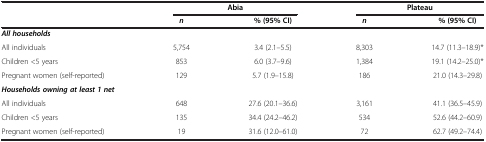
<table><thead><tr><td rowspan="2"><b> </b></td><td colspan="2"><b>Abia</b></td><td colspan="2"><b>Plateau</b></td></tr><tr><td><b><i>n</i></b></td><td><b>% (95% CI)</b></td><td><b><i>n</i></b></td><td><b>% (95% CI)</b></td></tr></thead><tbody><tr><td><b><i>All households</i></b></td><td> </td><td> </td><td> </td><td> </td></tr><tr><td>All individuals</td><td>5,754</td><td>3.4 (2.1–5.5)</td><td>8,303</td><td>14.7 (11.3–18.9)*</td></tr><tr><td>Children &lt;5 years</td><td>853</td><td>6.0 (3.7–9.6)</td><td>1,384</td><td>19.1 (14.2–25.0)*</td></tr><tr><td>Pregnant women (self-reported)</td><td>129</td><td>5.7 (1.9–15.8)</td><td>186</td><td>21.0 (14.3–29.8)</td></tr><tr><td><b><i>Households owning at least 1 net</i></b></td><td> </td><td> </td><td> </td><td> </td></tr><tr><td>All individuals</td><td>648</td><td>27.6 (20.1–36.6)</td><td>3,161</td><td>41.1 (36.5–45.9)</td></tr><tr><td>Children &lt;5 years</td><td>135</td><td>34.4 (24.2–46.2)</td><td>534</td><td>52.6 (44.2–60.9)</td></tr><tr><td>Pregnant women (self-reported)</td><td>19</td><td>31.6 (12.0–61.0)</td><td>72</td><td>62.7 (49.2–74.4)</td></tr></tbody></table>